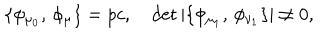
\{ \phi _ { \mu _ { 0 } } , \, \phi _ { \mu } \} = p c , \quad \det | \{ \phi _ { \mu _ { 1 } } , \, \phi _ { \nu _ { 1 } } \} | \not = 0 ,